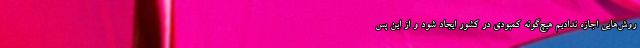
روش‌هایی اجازه ندادیم هیچ‌گونه کمبودی در کشور ایجاد شود و از این پس